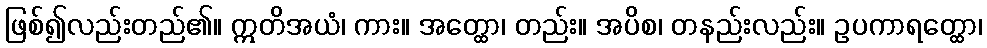
ဖြစ်၍လည်းတည်၏။ ဣတိအယံ၊ ကား။ အတ္ထော၊ တည်း။ အပိစ၊ တနည်းလည်း။ ဥပကာရတ္ထော၊